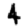
Digit: 4